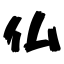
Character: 仏